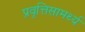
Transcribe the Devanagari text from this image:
प्रवृत्तिसामर्थ्य